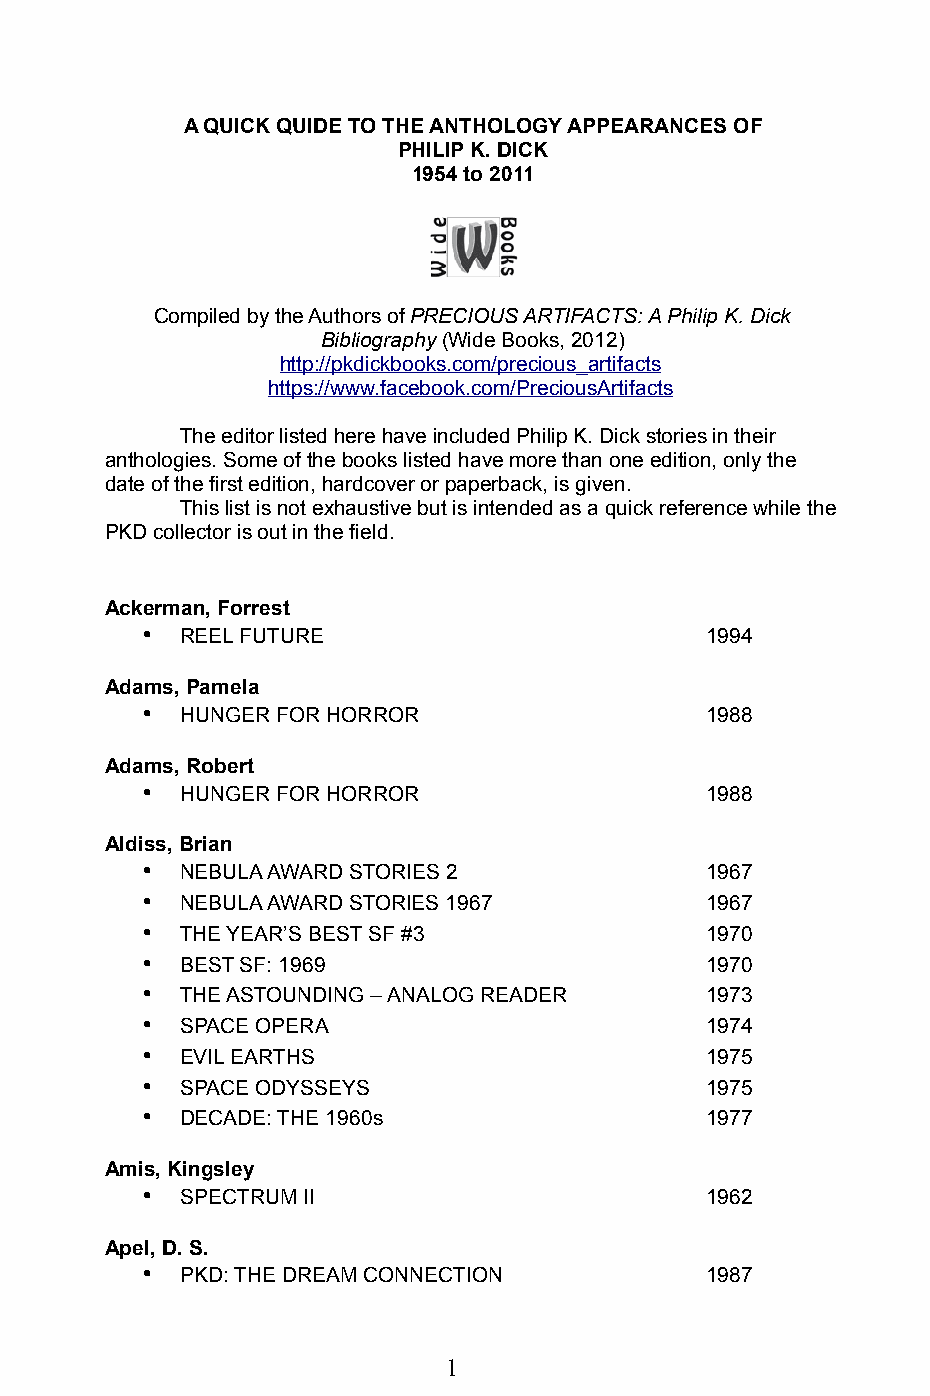
A QUICK QUIDE TO THE ANTHOLOGY APPEARANCES OF
 PHILIP K. DICK
 1954 to 2011
 Compiled by the Authors of PRECIOUS ARTIFACTS: A Philip K. Dick
 Bibliography (Wide Books, 2012)
 http://pkdickbooks.com/precious_artifacts
 https://www.facebook.com/PreciousArtifacts
 The editor listed here have included Philip K. Dick stories in their
 anthologies. Some of the books listed have more than one edition, only the
 date of the first edition, hardcover or paperback, is given.
 This list is not exhaustive but is intended as a quick reference while the
 PKD collector is out in the field.
 Ackerman, Forrest
 •  REEL FUTURE                        1994
 Adams, Pamela
 •  HUNGER FOR HORROR                  1988
 Adams, Robert
 •  HUNGER FOR HORROR                  1988
 Aldiss, Brian
 •  NEBULA AWARD STORIES 2             1967
 •  NEBULA AWARD STORIES 1967          1967
 •  THE YEAR’S BEST SF #3              1970
 •  BEST SF: 1969                      1970
 •  THE ASTOUNDING – ANALOG READER     1973
 •  SPACE OPERA                        1974
 •  EVIL EARTHS                        1975
 •  SPACE ODYSSEYS                     1975
 •  DECADE: THE 1960s                  1977
 Amis, Kingsley
 •  SPECTRUM II                        1962
 Apel, D. S.
 •  PKD: THE DREAM CONNECTION          1987
 1